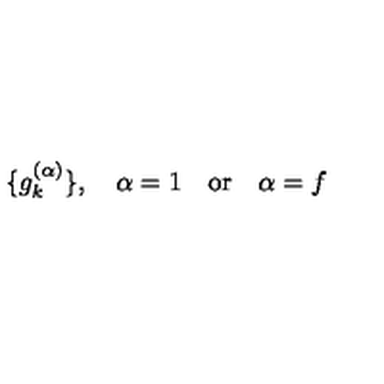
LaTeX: \{ g _ { k } ^ { ( \alpha ) } \} , \quad \alpha = 1 \quad \mathrm { o r } \quad \alpha = f